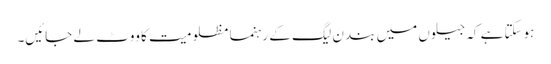
ہوسکتا ہے کہ جیلوں میں بند ن لیگ کے رہنما مظلومیت کا ووٹ لے جائیں۔